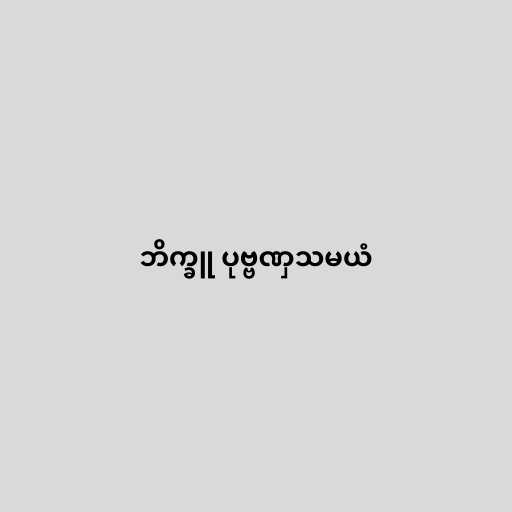
ဘိက္ခူ ပုဗ္ဗဏှသမယံ